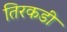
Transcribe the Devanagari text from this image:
तिरकडी